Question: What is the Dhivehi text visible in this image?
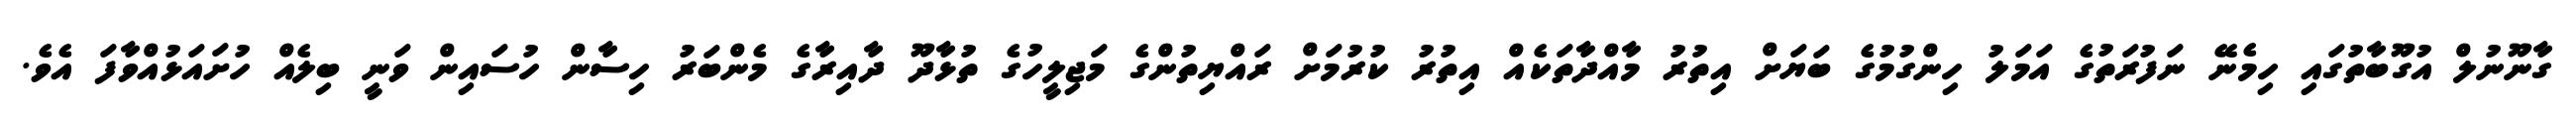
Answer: ގާނޫނުލް އުގޫބާތުގައި ހިމެނޭ ނަފުރަތުގެ އަމަލު ހިންގުމުގެ ބަޔަށް އިތުރު މާއްދާތަކެއް އިތުރު ކުރުމަށް ރައްޔިތުންގެ މަޖިލީހުގެ ތުޅާދޫ ދާއިރާގެ މެންބަރު ހިސާން ހުސައިން ވަނީ ބިލެއް ހުށައަޅުއްވާފަ އެވެ.